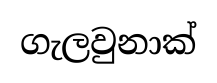
ගැලවුනාක්